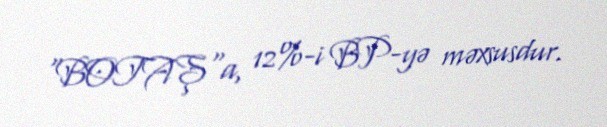
"BOTAŞ"a, 12%-i BP-yə məxsusdur.